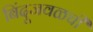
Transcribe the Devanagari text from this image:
बिंदूजवळची